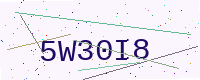
Text: 5W30I8